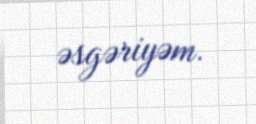
əsgəriyəm.